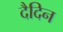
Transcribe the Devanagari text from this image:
दैदिन